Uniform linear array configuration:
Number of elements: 16
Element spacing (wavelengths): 0.5
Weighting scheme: uniform
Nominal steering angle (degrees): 45
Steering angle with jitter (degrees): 46.703
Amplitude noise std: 0.05
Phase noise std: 0.05

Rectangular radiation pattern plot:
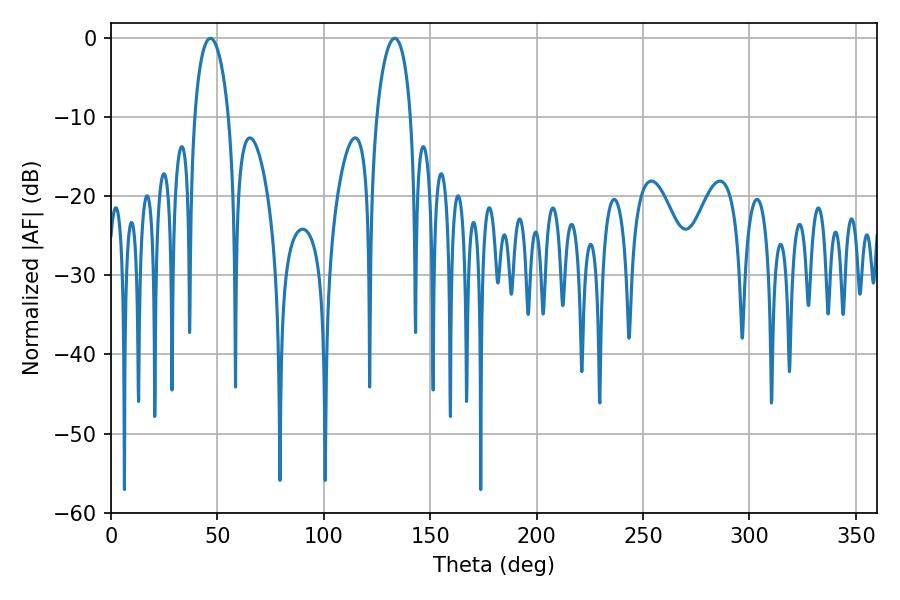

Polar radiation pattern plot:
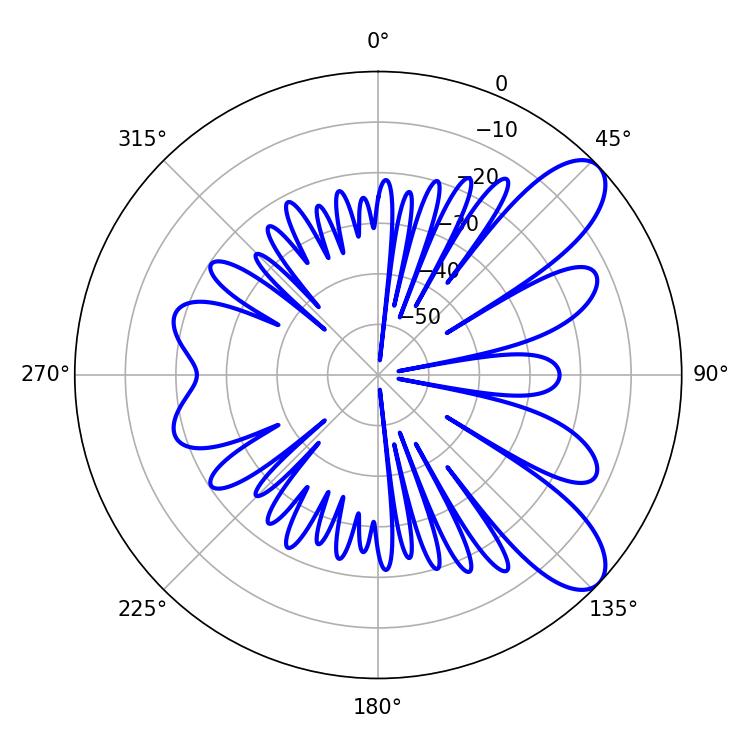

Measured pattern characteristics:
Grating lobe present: FALSE
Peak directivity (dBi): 8.95
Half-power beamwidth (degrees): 9.18
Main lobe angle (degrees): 46.62